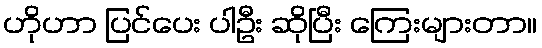
ဟိုဟာ ပြင်ပေး ပါဦး ဆိုပြီး ကြေးများတာ။